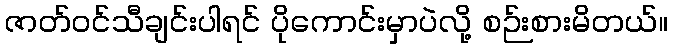
ဇာတ်ဝင်သီချင်းပါရင် ပိုကောင်းမှာပဲလို့ စဉ်းစားမိတယ်။